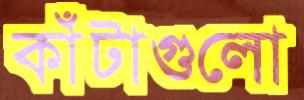
কাঁটাগুলো